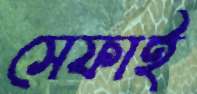
সেফাই